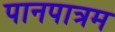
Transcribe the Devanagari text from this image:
पानपात्रम